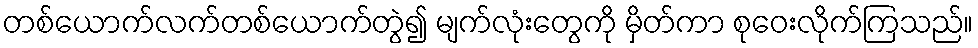
တစ်ယောက်လက်တစ်ယောက်တွဲ၍ မျက်လုံးတွေကို မှိတ်ကာ စုဝေးလိုက်ကြသည်။